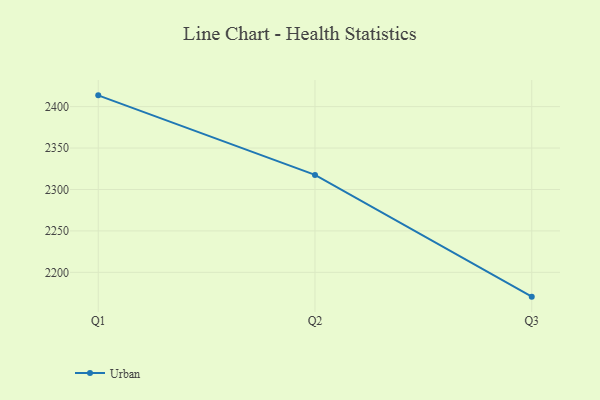
{"axis": {"x": "Quarter", "y": "Churn Rate (%)"}, "legend": ["Urban"], "data": [{"x": "Q1", "y": 2413.6, "type": "Urban"}, {"x": "Q2", "y": 2317.6, "type": "Urban"}, {"x": "Q3", "y": 2170.7, "type": "Urban"}]}